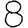
Digit: 8